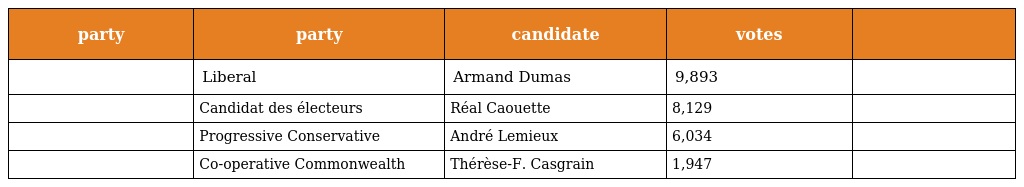
| party | party | candidate | votes |  |
 | --- | --- | --- | --- | --- |
 |  | Liberal | Armand Dumas | 9,893 |  |
 |  | Candidat des électeurs | Réal Caouette | 8,129 |  |
 |  | Progressive Conservative | André Lemieux | 6,034 |  |
 |  | Co-operative Commonwealth | Thérèse-F. Casgrain | 1,947 |  |